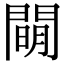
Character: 𨵛